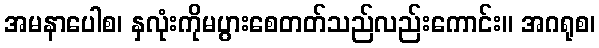
အမနာပေါစ၊ နှလုံးကိုမပွားစေတတ်သည်လည်းကောင်း။ အဂရုစ၊